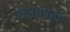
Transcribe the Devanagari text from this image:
हत्यारही